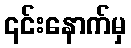
၎င်းနောက်မှ